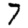
Digit: 7